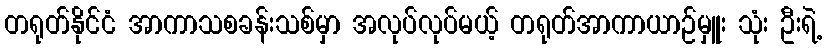
တရုတ်နိုင်ငံ အာကာသစခန်းသစ်မှာ အလုပ်လုပ်မယ့် တရုတ်အာကာယာဉ်မှူး သုံး ဦးရဲ့